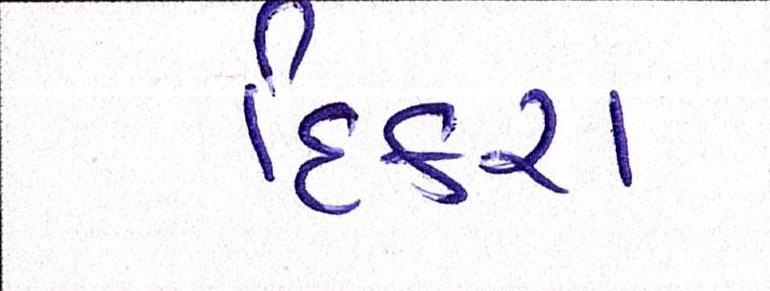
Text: દિકરા